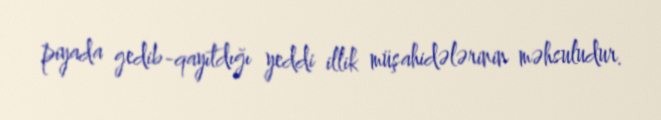
piyada gedib-qayıtdığı yeddi illik müşahidələrinin məhsuludur.